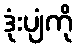
ဒုံးပျံကို